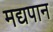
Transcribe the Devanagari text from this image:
मद्यपान